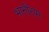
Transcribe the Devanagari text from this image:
भानीराम